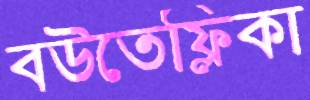
বউতেফ্লিকা